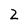
Character: 2